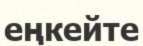
еңкейте